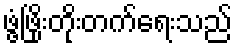
ဖွံ့ဖြိုးတိုးတက်ရေးသည်